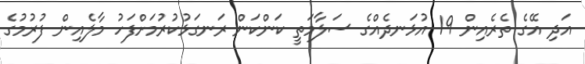
އަދި އޭގެ ތެރެއިން 19 އުޅަނދެއްގެ ސަލާމަތީ ކަންކަން ރަނގަޅުކުރުމަށްފަހު މާލެއިން ފުރުމުގެ